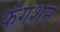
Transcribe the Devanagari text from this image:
फंगशन